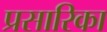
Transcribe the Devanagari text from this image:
प्रसारिका